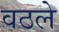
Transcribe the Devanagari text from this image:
वठले